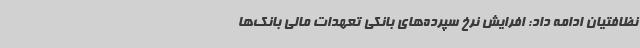
نظافتیان ادامه داد: افرایش نرخ سپرده‌های بانکی تعهدات مالی بانک‌ها